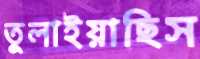
তুলাইয়াছিস